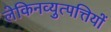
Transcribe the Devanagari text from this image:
लेकिनव्युत्पत्तियों